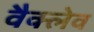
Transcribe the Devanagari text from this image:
वैक्लेव